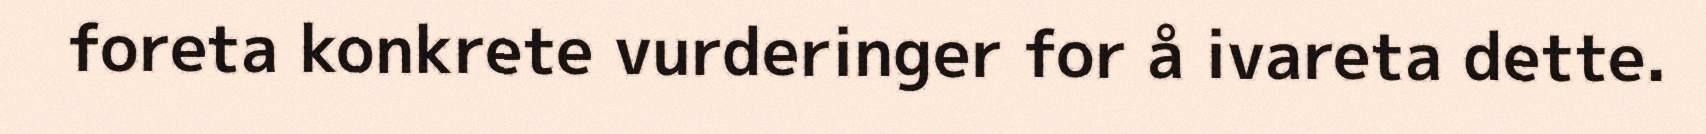
foreta konkrete vurderinger for å ivareta dette.